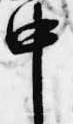
中